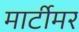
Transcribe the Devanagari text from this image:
मार्टीमर